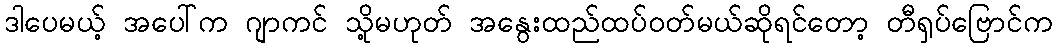
ဒါပေမယ့် အပေါ်က ဂျာကင် သို့မဟုတ် အနွေးထည်ထပ်ဝတ်မယ်ဆိုရင်တော့ တီရှပ်ဗြောင်က